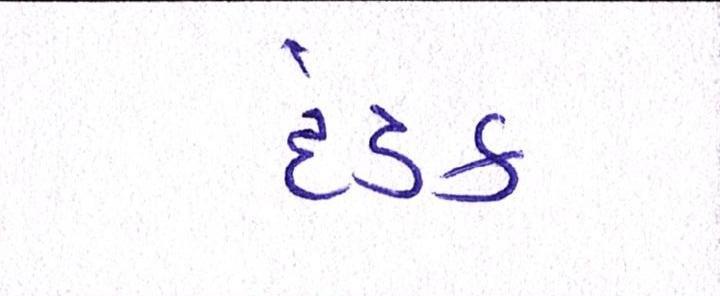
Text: દંડક